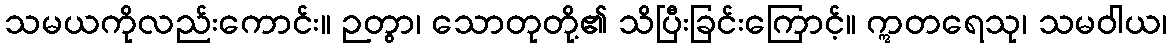
သမယကိုလည်းကောင်း။ ဉတွာ၊ သောတုတို့၏ သိပြီးခြင်းကြောင့်။ ဣတရေသု၊ သမဝါယ၊